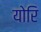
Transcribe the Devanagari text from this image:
योरि